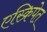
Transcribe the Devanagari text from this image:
एस्क्रिपेत